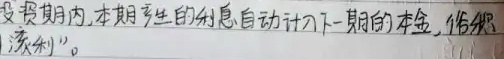
投资期内，本期产生的利息自动计入下一期的本金，俗称“复利”。